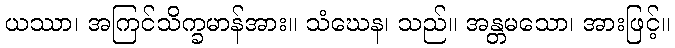
ယဿာ၊ အကြင်သိက္ခမာန်အား။ သံဃေန၊ သည်။ အန္တမသော၊ အားဖြင့်။